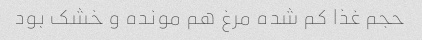
حجم غذا کم شده مرغ هم مونده و خشک بود